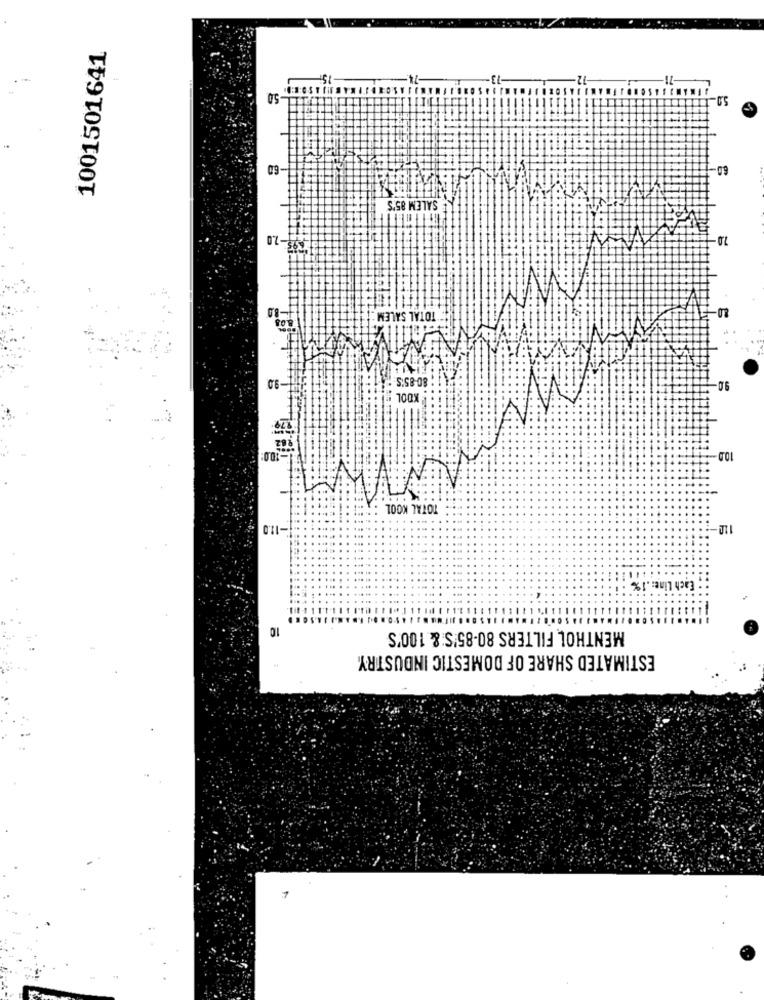
1001501641
50
6.0-
SALEM 85'S
2-2.0
2.0
-80
2.0-
TOTAL SALEM
8.03
1-90
80-85'S
9.0-
KOOL
7.79
162
10.0
10.0
TOTAL KOOL
-11.0
110
Each Line :. 1%
10
MENTHOL FILTERS 80-85'S: & 100'S
ESTIMATED SHARE OF DOMESTIC INDUSTRY